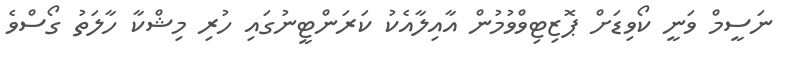
ނަސީމް ވަނީ ކޯވިޑަށް ޕޮޒިޓިވްވުމުން އާއިލާއެކު ކަރަންޓީނުގައި ހުރި މިޝްކާ ހާލަތު ގޯސްވެ